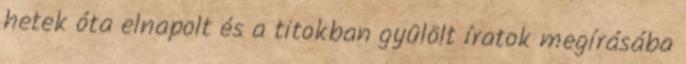
hetek óta elnapolt és a titokban gyûlölt íratok megírásába